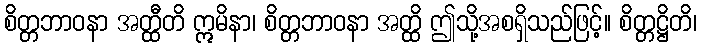
စိတ္တဘာဝနာ အတ္ထီတိ ဣမိနာ၊ စိတ္တဘာဝနာ အတ္ထိ ဤသို့အစရှိသည်ဖြင့်။ စိတ္တဋ္ဌိတိ၊